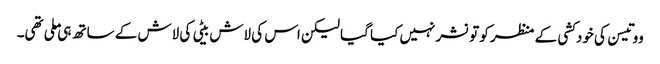
ووتیسن کی خودکشی کے منظر کو تو نشر نہیں کیا گیا لیکن اس کی لاش بیٹی کی لاش کے ساتھ ہی ملی تھی۔